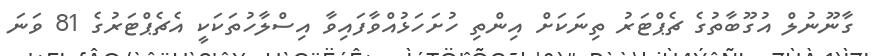
ގާނޫނުލް އުގޫބާތުގެ ޗެޕްޓަރު ތިނަކަށް އިންތި ހުށަހަޅުއްވާފައިވާ އިސްލާހުތަކަކީ އެޗެޕްޓަރުގެ 81 ވަނަ